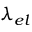
\lambda _ { e l }